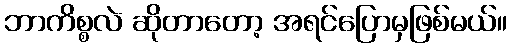
ဘာကိစ္စလဲ ဆိုတာတော့ အရင်ပြောမှဖြစ်မယ်။